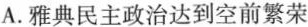
A.雅典民主政治达到空前繁荣